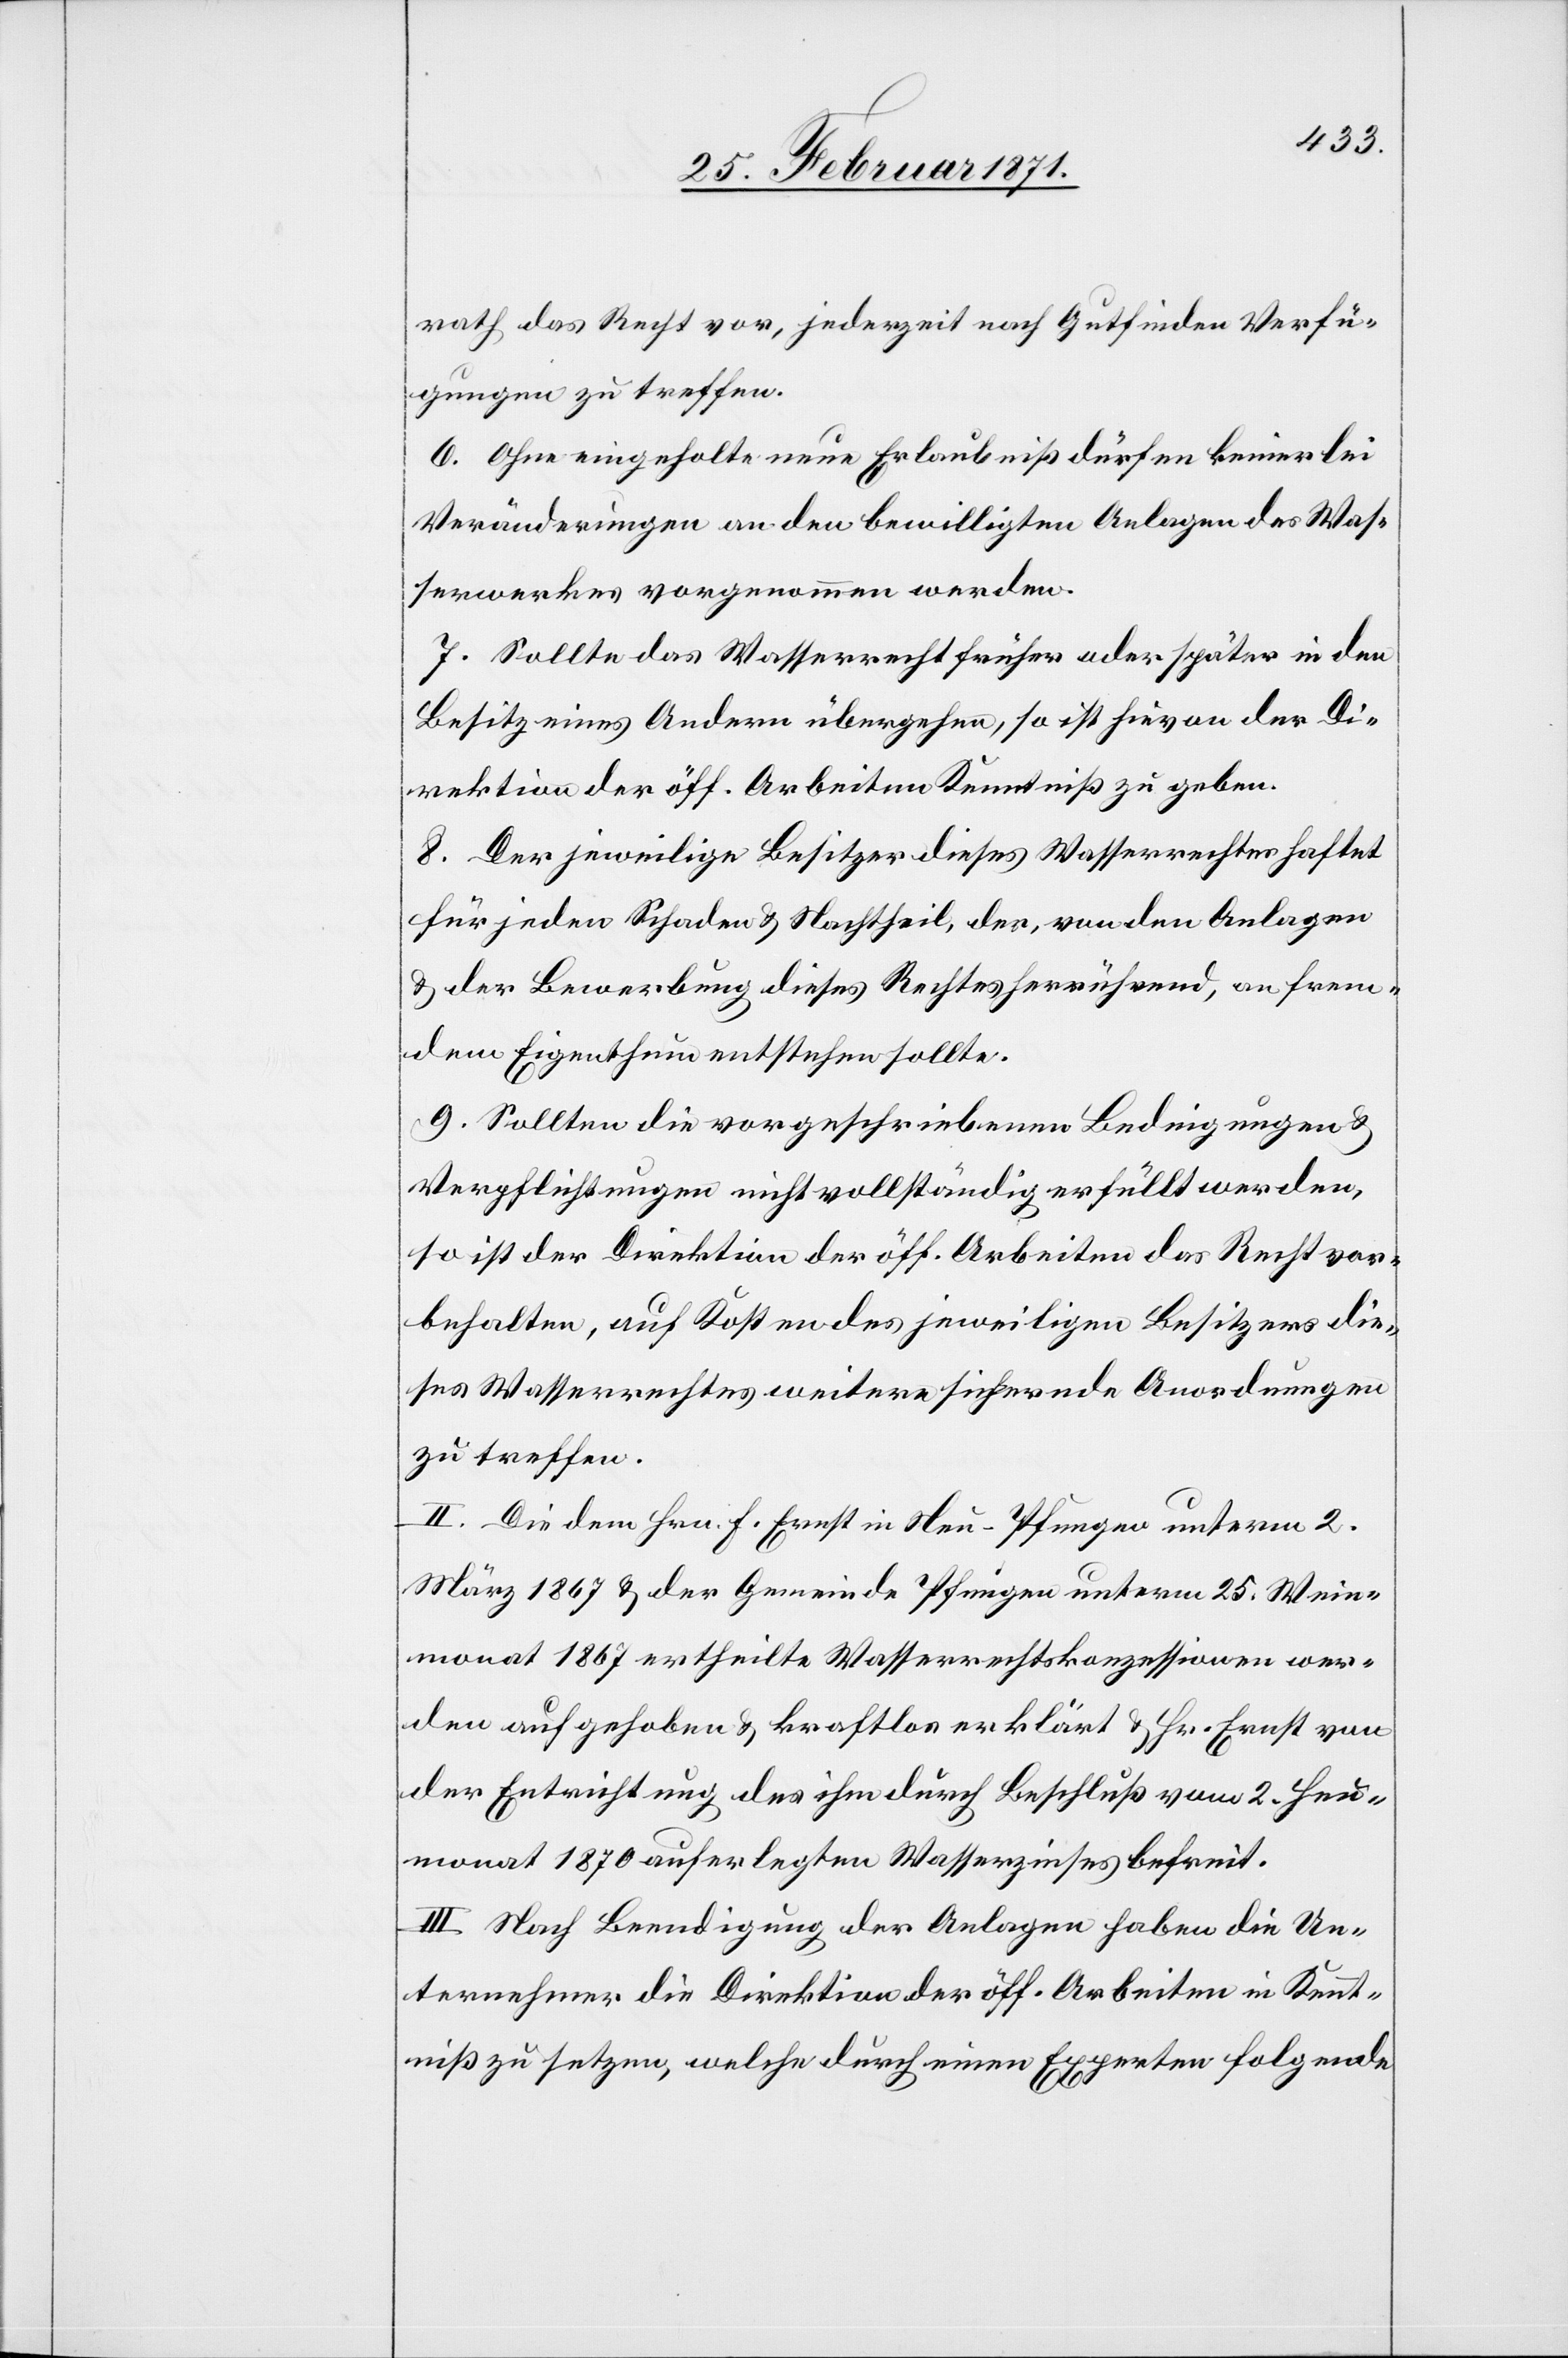
rath das Recht vor, jederzeit nach Gutfinden Verfü¬
gungen zu treffen.
6. Ohne eingeholte neue Erlaubniß dürfen keinerlei
Veränderungen an den bewilligten Anlagen des Was¬
serwerkes vorgenommen werden.
7. Sollte das Wasserrecht früher oder später in den
Besitz eines Andern übergehen, so ist hievon der Di¬
rektion der öff. Arbeiten Kenntniß zu geben.
8. Der jeweilige Besitzer dieses Wasserrechtes haftet
für jeden Schaden u. Nachtheil, der, von den Anlagen
u. der Bewerbung dieses Rechtes herrührend, an frem¬
dem Eigenthum entstehen sollte.
9. Sollten die vorgeschriebenen Bedingungen u.
Verpflichtungen nicht vollständig erfüllt werden,
so ist der Direktion der öff. Arbeiten das Recht vor¬
behalten, auf Kosten des jeweiligen Besitzers die¬
ses Wasserrechtes weitere sichernde Anordnungen
zu treffen.
II. Die dem Hrn. F. Ernst in Neu-Pfungen unterm 2.
März 1867 u. der Gemeinde Pfungen unterm 25. Wein¬
monat 1867 ertheilte Wasserrechtskonzessionen wer¬
den aufgehoben u. kraftlos erklärt u. Hr. Ernst von
der Entrichtung des ihm durch Beschluß vom 2. Heu¬
monat 1870 auferlegten Wasserzinses befreit.
III. Nach Beendigung der Anlagen haben die Un¬
ternehmer die Direktion der öff. Arbeiten in Kennt¬
niß zu setzen, welche durch einen Experten folgende